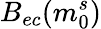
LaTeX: B_{ec}(m_{0}^{s})